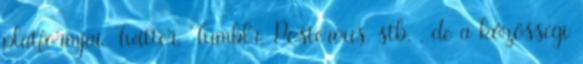
platformjai Twitter, Tumblr, Posterous, stb. , de a közösségi